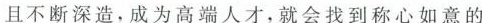
且不断深造，成为高端人才，就会找到称心如意的